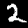
Label: 2